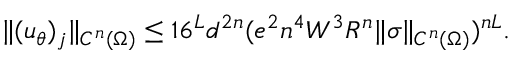
\| ( u _ { \theta } ) _ { j } \| _ { C ^ { n } ( \Omega ) } \leq 1 6 ^ { L } d ^ { 2 n } ( e ^ { 2 } n ^ { 4 } W ^ { 3 } R ^ { n } \| \sigma \| _ { C ^ { n } ( \Omega ) } ) ^ { n L } .